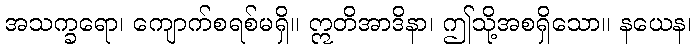
အသက္ခရော၊ ကျောက်စရစ်မရှိ။ ဣတိအာဒိနာ၊ ဤသို့အစရှိသော။ နယေန၊